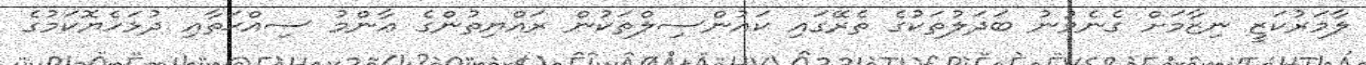
ލާމަރުކަޒީ ނިޒާމަށް ގެނެވުނު ބަދަލުތަކުގެ ތެރޭގައި ކައުންސިލްތަކުން ރައްޔިތުންގެ ޢާންމު ސިއްޙަތާއި ދުޅަހެޔޮކަމުގެ